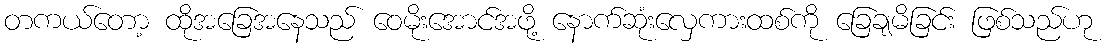
တကယ်တော့ ထိုအခြေအနေသည် ဝေမိုးအောင်အဖို့ နောက်ဆုံးလှေကားထစ်ကို ခြေချမိခြင်း ဖြစ်သည်ဟု